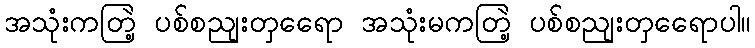
အသုံးကတြဲ့ ပစ်စညျးတှရေော အသုံးမကတြဲ့ ပစ်စညျးတှရေောပါ။